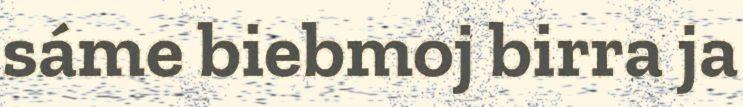
sáme biebmoj birra ja